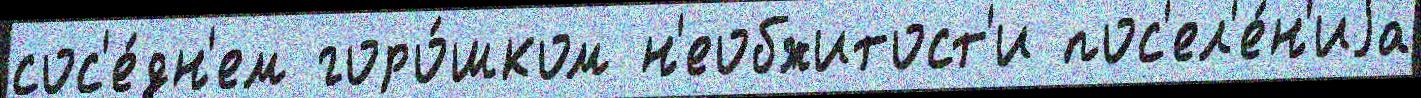
сос'е́дн'ем горо́шком н'еобжитост'и пос'ел'е́н'иjа